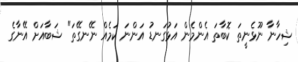
ޝިހާނާ ނޫޅެނީތަ ކޮބާތަ އެންމެން އަޅުގަނޑު އަންނަ ކަމެއް ނޭނގޭތަ" ޝަބާއަށް އޭނާގެ